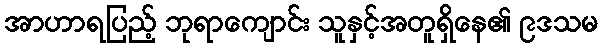
အာဟာရပြည့် ဘုရာကျောင်း သူနှင့်အတူရှိနေ၏ ၉ဒသမ